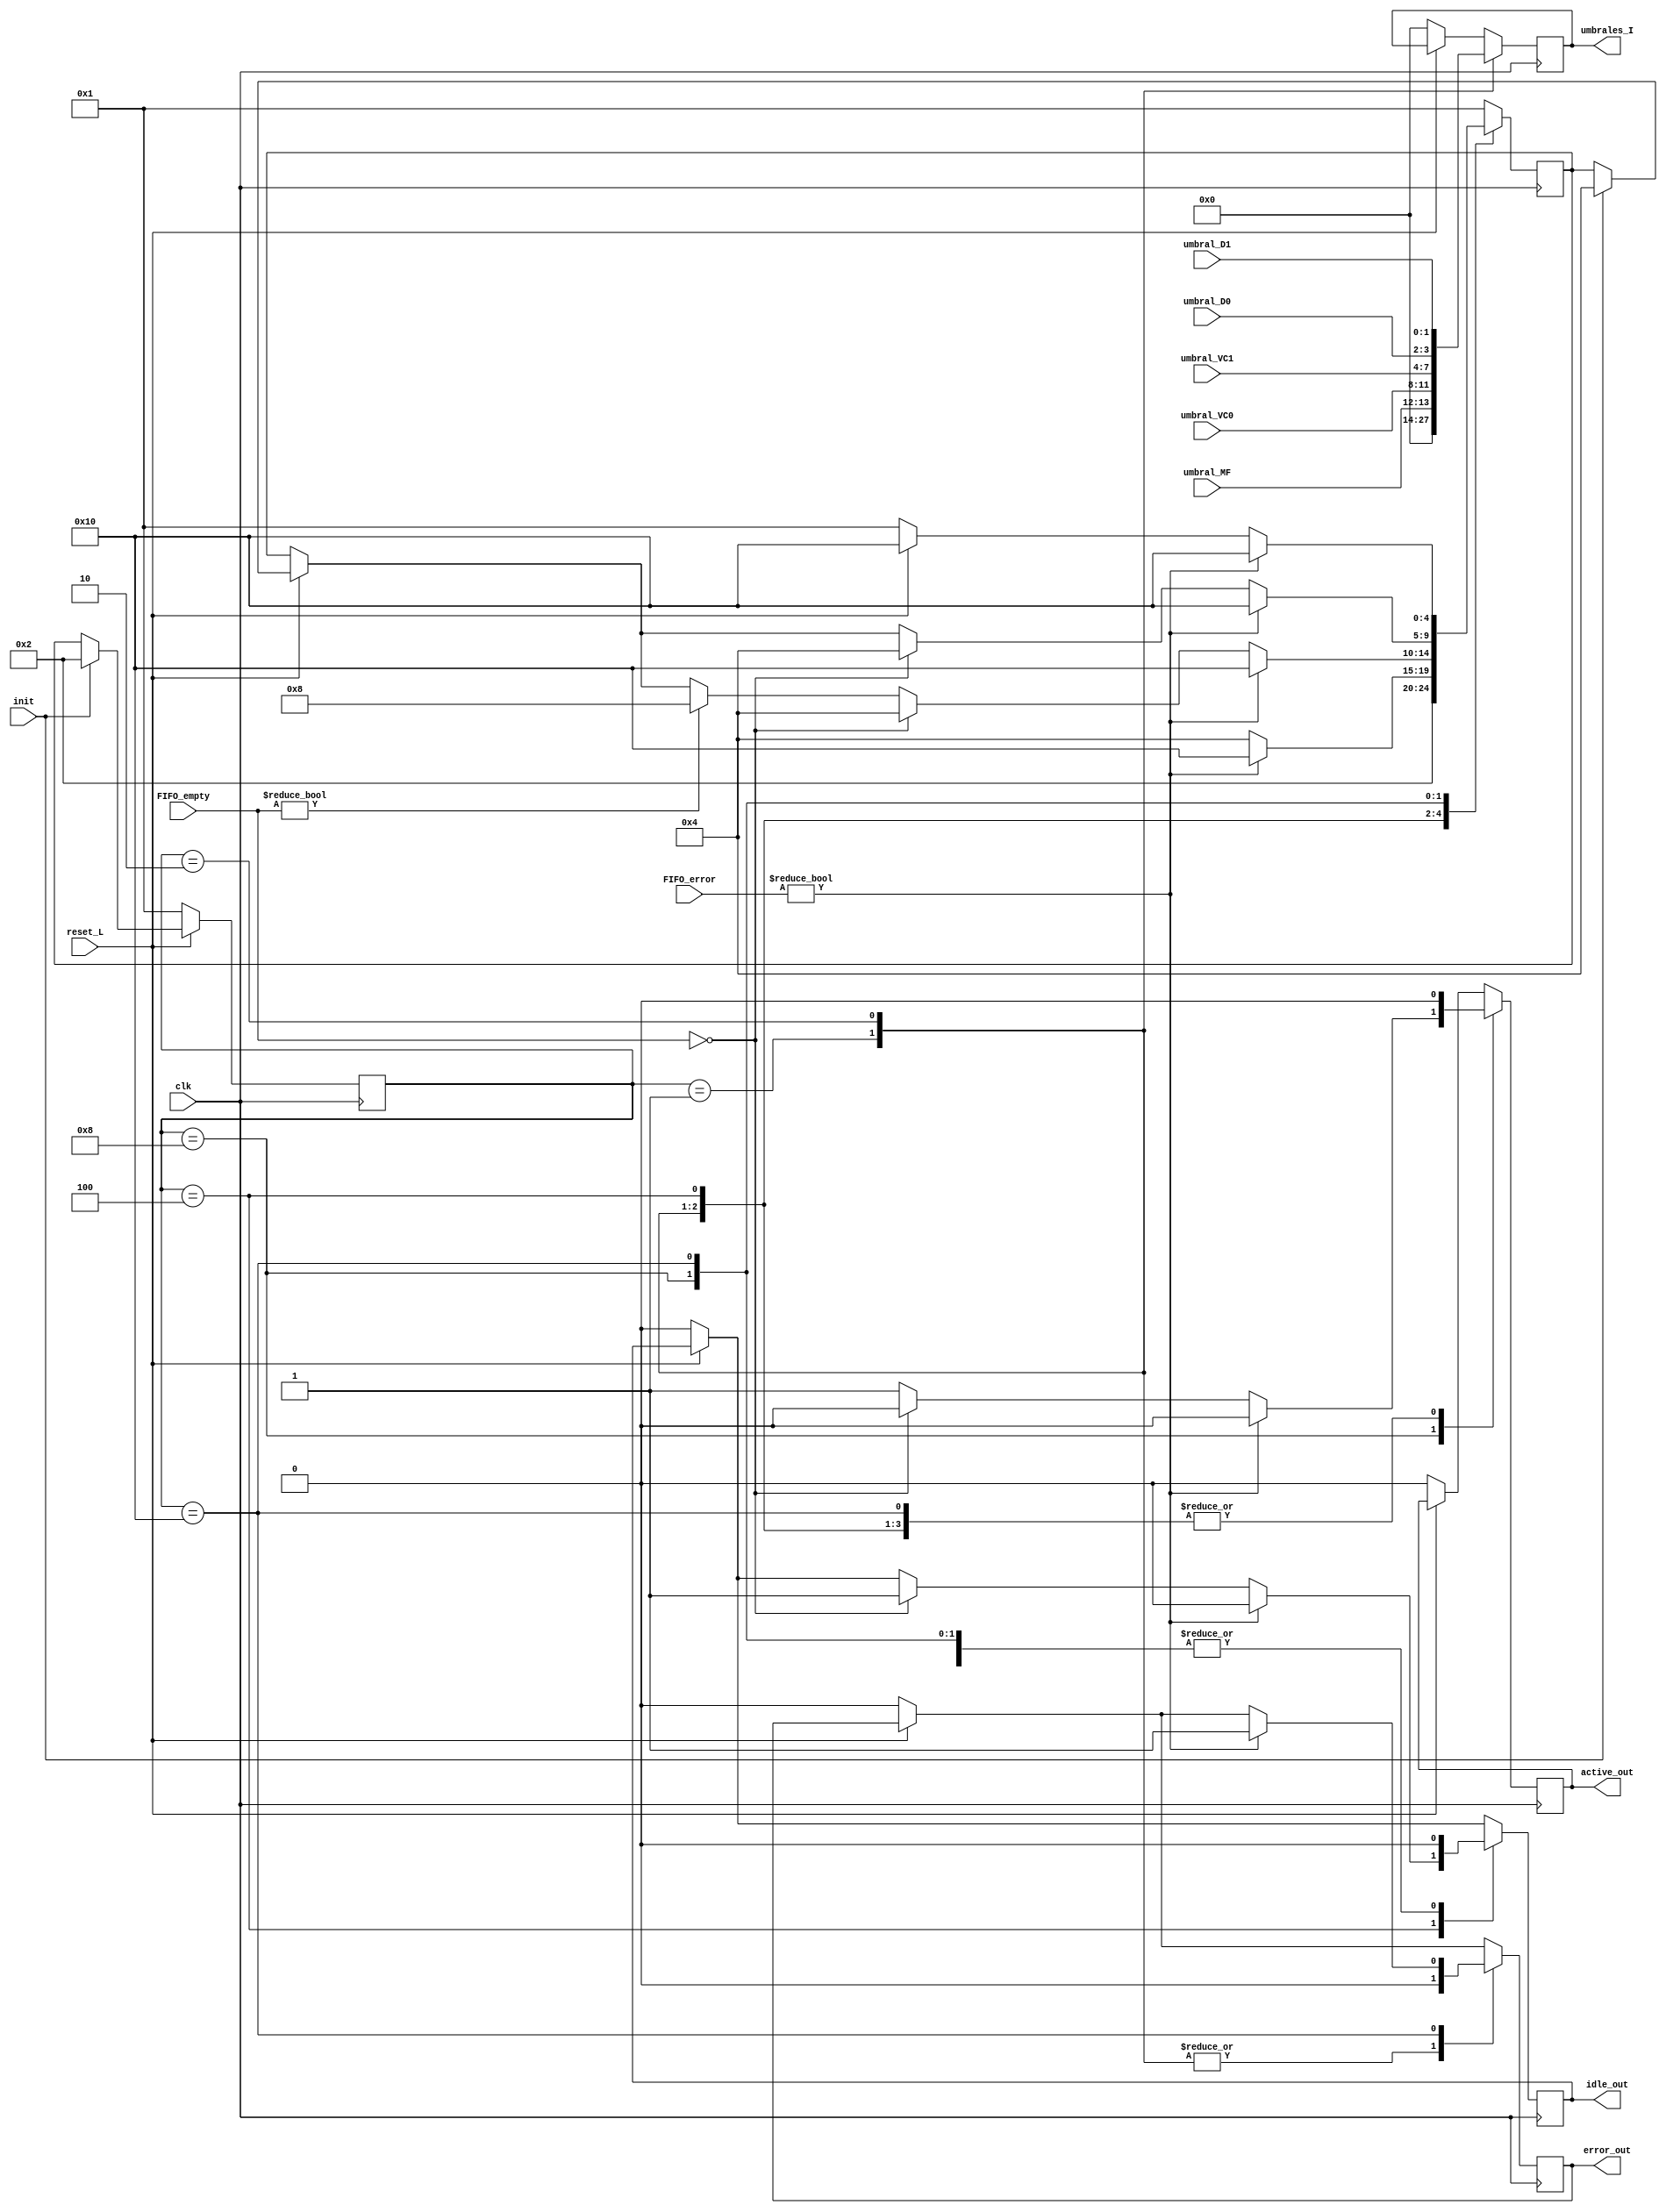
//IE-0523 Circuitos Digitales II
//Proyecto2. Bloque Finite State Machine (FSM).
//Elaborado por: Csar Valverde Zuiga	A86605		
//I Ciclo 2019

// Este mdulo genera los estados de control del dispositivo 
// a partir de un estado inicial conocido, utilizando seales de 
// referencia para las funciones del prximo estado.

module fsmControl  ( input clk,
              input reset_L,
              input init,
              input [1:0] umbral_MF, 	//(Almost_empty=1) (Almost_full=3) //Viene del Flow Control_MF
	      input [3:0] umbral_VC0,	//(Almost_empty=4) (Almost_full=12) //Viene del Flow Control_VC0
              input [3:0] umbral_VC1, 	
	      input [1:0] umbral_D0, 	//Viene del Flow Control_D0
              input [1:0] umbral_D1, 	
              input [4:0] FIFO_error, 	//FIFO Full (MF,VCO,VC1,D0,D1) Orden de los bits //Flow Control escribe en estos registros
              input [4:0] FIFO_empty, 	//FIFO Empty //Flow Control escribe en estos registros
              output reg [13:0] umbrales_I,	//Esta salida es de 14 bits? (MF,VCO,VC1,D0,D1)= bits(2,4,4,2,2)
              output reg active_out,
              output reg idle_out,
              output reg error_out);

  //Parmetros del Case
  parameter RESET = 5'b00001;
  parameter INIT = 5'b00010;
  parameter IDLE = 5'b0100;
  parameter ACTIVE = 5'b01000;
  parameter ERROR = 5'b10000;

  //Registros Internos
  //reg [1:0] nxt_umbral_MF, nxt_umbral_D0, nxt_umbral_D1;
  reg [3:0] nxt_umbral_VC0, nxt_umbral_VC1;
  reg [4:0] state, nxt_state;

  //Reset de salidas y dems seales
  //Asignacin de estado inicial.
  //Lgica de estados.
  always @ ( posedge clk ) begin
    if (~reset_L) begin
      //Estado Inicial 
      state <= RESET;
      //nxt_state <= INIT;
      active_out<=0;
      idle_out<=0;
      error_out<=0;
      umbrales_I<=0;
    end
    else if (init) begin
          state <= INIT;
	  nxt_state <= IDLE;
    end
    else begin
      state <= nxt_state;
    end

    case(state)
      RESET: begin
	nxt_state <=INIT;
        //Salidas
      	umbrales_I <= 0;
      	active_out <= 0;
      	idle_out <= 0;
      	error_out <= 0;
      end

      INIT: begin
	idle_out <= 0;
      	active_out <= 0;
	error_out <= 0;
        umbrales_I <= {umbral_MF,umbral_VC0,umbral_VC1,umbral_D0,umbral_D1};
        if (FIFO_error!=0)begin
          nxt_state <= ERROR;
        end
	else begin
          nxt_state <= IDLE;
        end
      end

      IDLE: begin
	//idle_out <= 1;
      	active_out <= 0;
	if (FIFO_error!=0) begin
            idle_out <= 0;
            nxt_state <= ERROR;
	    end else if (FIFO_empty==0) begin
            	idle_out <= 1;
            	nxt_state <= IDLE;
                end else if (FIFO_empty!=0)begin
			nxt_state <= ACTIVE;
        	end
      end

      ACTIVE: begin
      	idle_out <= 0;
      	active_out <= 1;
      	if (FIFO_error!=0)begin
	  active_out <= 0;
          nxt_state <= ERROR;
      	  end else if (FIFO_empty==0)begin
          	active_out <= 0;
	  	nxt_state <= IDLE;
      	  end
    end

    ERROR: begin
	idle_out <= 0;
      	active_out <= 0;
	nxt_state <= ERROR;
	if (FIFO_error!=0) begin
		nxt_state <= ERROR;
        	error_out<=1;
	        end else if (~reset_L) begin
        		nxt_state <= RESET;
      			end else begin
				nxt_state <= ERROR;
			end
    end

    default:
      nxt_state <= RESET;
    endcase
end
endmodule